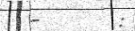
-       :